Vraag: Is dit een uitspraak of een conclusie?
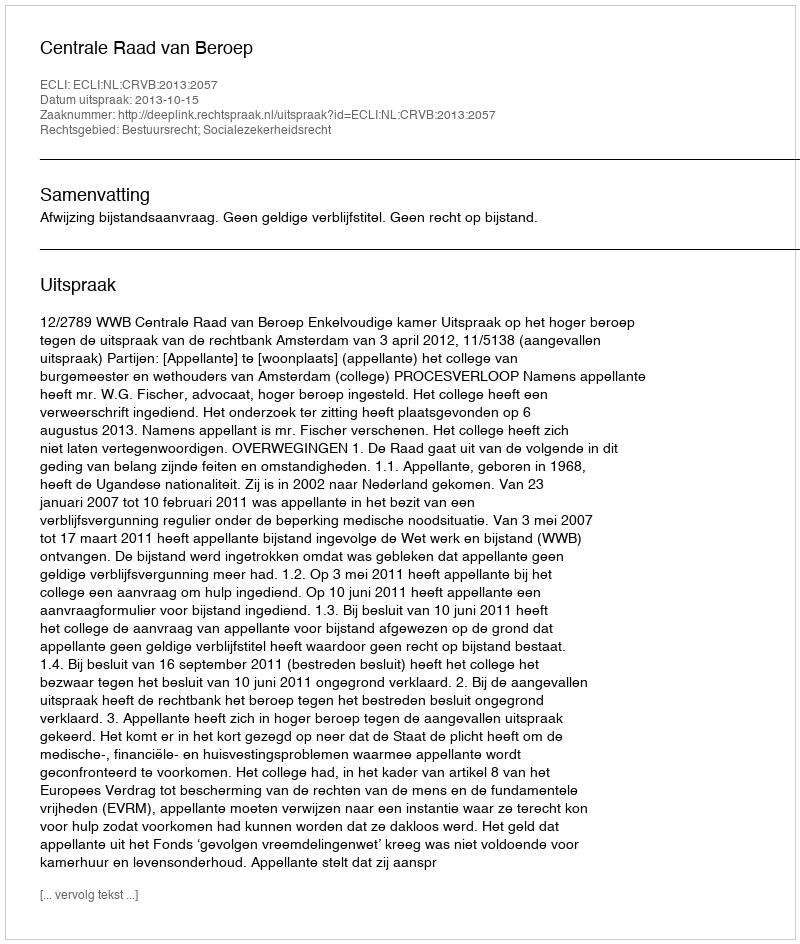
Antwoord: Uitspraak